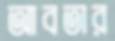
আবতার